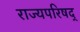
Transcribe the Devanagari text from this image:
राज्यपरिषद्